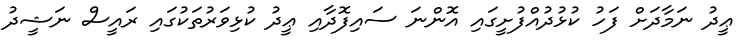
ޢީދު ނަމާދަށް ފަހު ކުޅުދުއްފުށީގައި އޮންނަ ސައިފޮދާއި ޢީދު ކުޅިވަރުތަކުގައި ރައީސް ނަޝީދު